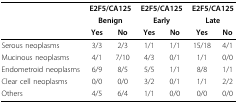
|  | <COLSPAN=2> E2F5/CA125 | <COLSPAN=2> E2F5/CA125 | <COLSPAN=2> E2F5/CA125 |
 |  | <COLSPAN=2> Benign | <COLSPAN=2> Early | <COLSPAN=2> Late |
 |  | Yes | No | Yes | No | Yes | No |
 | --- | --- | --- | --- | --- | --- | --- |
 | Serous neoplasms | 3/3 | 2/3 | 1/1 | 1/1 | 15/18 | 4/1 |
 | Mucinous neoplasms | 4/1 | 7/10 | 4/3 | 0/1 | 1/1 | 0/0 |
 | Endometroid neoplasms | 6/9 | 8/5 | 5/5 | 1/1 | 8/8 | 1/1 |
 | Clear cell neoplasms | 0/0 | 0/0 | 3/2 | 0/1 | 1/1 | 2/2 |
 | Others | 4/5 | 6/4 | 1/1 | 0/0 | 0/0 | 0/0 |